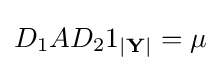
D_{1}AD_{2}1_{|\mathbf {Y} |}=\mu